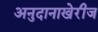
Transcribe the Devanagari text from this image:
अनुदानाखेरीज